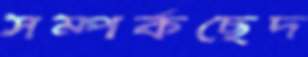
সম্পর্কছেদ